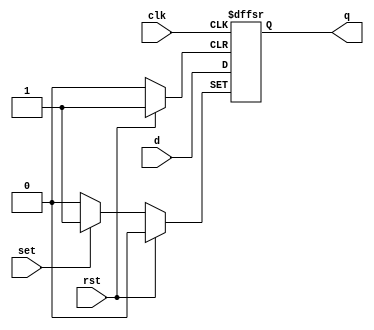
module d_ff_reset_set (
    input         clk,       // Clock input 
    input         rst,       // Asynchronous reset input
    input         set,       // Asynchronous set input
    input         d,         // Data input
    output reg    q          // Output
);

always @(posedge clk or posedge rst or posedge set) begin
    if(rst) begin
        q <= 0;
    end else if (set) begin
        q <= 1;
    end else begin
        q <= d;
    end
end

endmodule